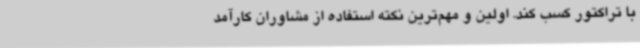
با تراکتور کسب کند. اولین و مهم‌ترین نکته استفاده از مشاوران کارآمد